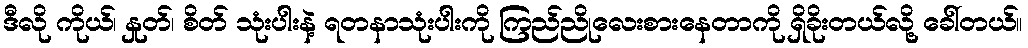
ဒီလို ကိုယ်၊ နှုတ်၊ စိတ် သုံးပါးနဲ့ ရတနာသုံးပါးကို ကြည်ညိုလေးစားနေတာကို ရှိခိုးတယ်လို့ ခေါ်တယ်။